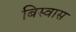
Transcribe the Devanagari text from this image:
बिस्‍वास